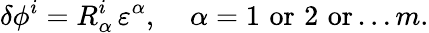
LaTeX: \delta\phi^{i}=R_{\alpha}^{i}\, \varepsilon^{\alpha},\; \; \; \; \alpha=1\, \, \mathrm{or}\, \, 2\, \, \mathrm{or}\ldots m.